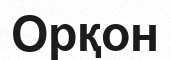
Орқон